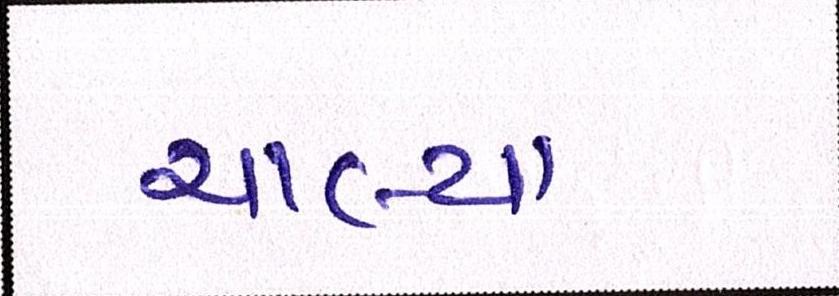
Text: ચાલ્યા